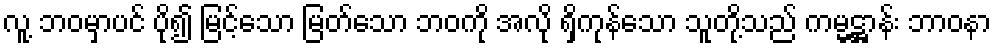
လူ့ ဘဝမှာပင် ပို၍ မြင့်သော မြတ်သော ဘဝကို အလို ရှိကုန်သော သူတို့သည် ကမ္မဋ္ဌာန်း ဘာဝနာ